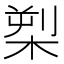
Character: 𪲫